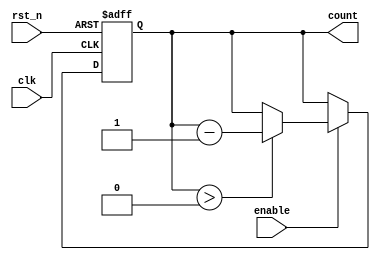
module binary_down_counter (
    input wire clk,          // Clock input
    input wire rst_n,       // Asynchronous reset, active low
    input wire enable,       // Enable signal
    output reg [N-1:0] count // Count output
);
    parameter N = 3; // Number of bits for the counter (3 bits for counts from 7 to 0)

    // Asynchronous reset or counting logic
    always @(posedge clk or negedge rst_n) begin
        if (!rst_n) begin
            count <= (1 << N) - 1; // Set to maximum value (2^N - 1)
        end else if (enable) begin
            if (count > 0) begin
                count <= count - 1; // Decrement count
            end
        end
    end
endmodule